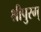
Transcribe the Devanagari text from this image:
श्रीपुरम्